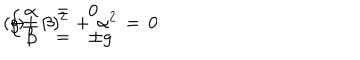
LaTeX: ( g \pm \beta ) ^ { 2 } \, + \, \alpha ^ { 2 } \, = \, 0 \hspace { . 5 c m } \rightarrow \hspace { . 5 c m } \left\{ \begin{array} { l c l } { { \alpha } } & { { = } } & { { 0 } } \\ { { \beta } } & { { = } } & { { \pm g } } \\ \end{array} \right.